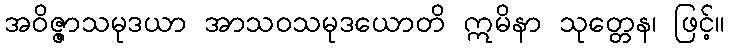
အဝိဇ္ဇာသမုဒယာ အာသဝသမုဒယောတိ ဣမိနာ သုတ္တေန၊ ဖြင့်။